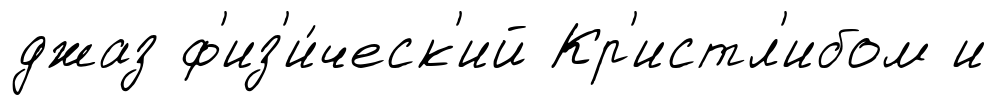
джаз ф'из'и́ческ'ий Кр'истл'ибом и